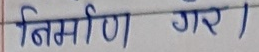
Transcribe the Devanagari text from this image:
निर्माण गर )